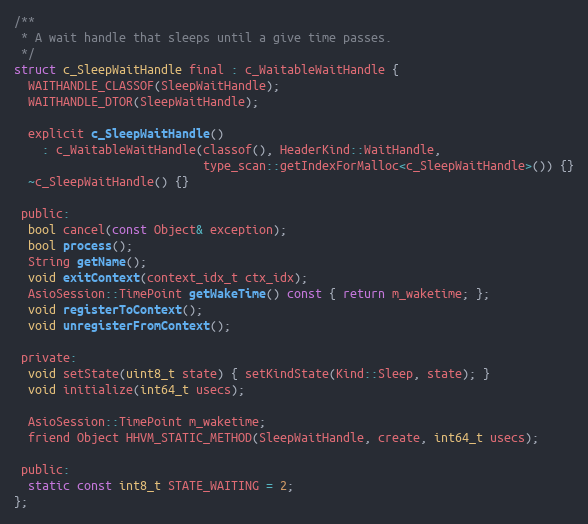
Language: C
/**
 * A wait handle that sleeps until a give time passes.
 */
struct c_SleepWaitHandle final : c_WaitableWaitHandle {
  WAITHANDLE_CLASSOF(SleepWaitHandle);
  WAITHANDLE_DTOR(SleepWaitHandle);

  explicit c_SleepWaitHandle()
    : c_WaitableWaitHandle(classof(), HeaderKind::WaitHandle,
                           type_scan::getIndexForMalloc<c_SleepWaitHandle>()) {}
  ~c_SleepWaitHandle() {}

 public:
  bool cancel(const Object& exception);
  bool process();
  String getName();
  void exitContext(context_idx_t ctx_idx);
  AsioSession::TimePoint getWakeTime() const { return m_waketime; };
  void registerToContext();
  void unregisterFromContext();

 private:
  void setState(uint8_t state) { setKindState(Kind::Sleep, state); }
  void initialize(int64_t usecs);

  AsioSession::TimePoint m_waketime;
  friend Object HHVM_STATIC_METHOD(SleepWaitHandle, create, int64_t usecs);

 public:
  static const int8_t STATE_WAITING = 2;
};